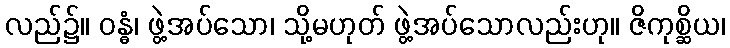
လည်၌။ ဝန္ဓံ၊ ဖွဲ့အပ်သော၊ သို့မဟုတ် ဖွဲ့အပ်သောလည်းဟု။ ဇိကုစ္ဆိယ၊